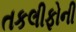
તકલીફોની